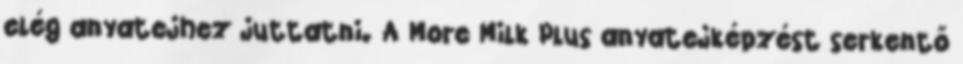
elég anyatejhez juttatni. A More Milk Plus anyatejképzést serkentő